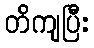
တိကျပြီး